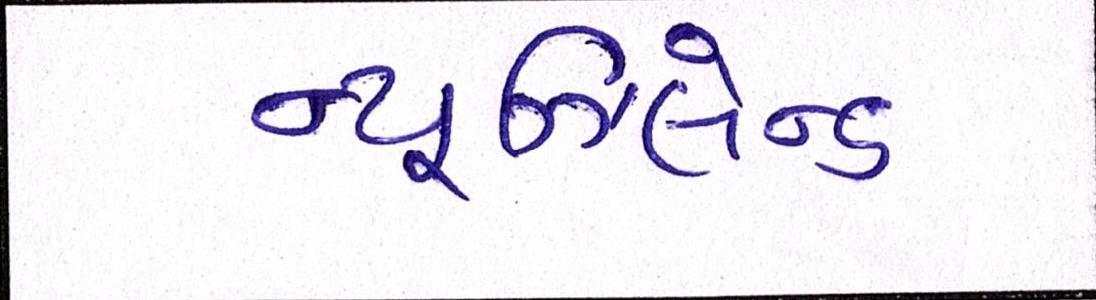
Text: ન્યૂઝિલેન્ડ